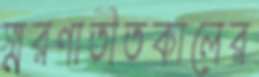
স্মরণাতীতকালের